Medical and sanitary report of the native army of Madras for the year
Year: 1877
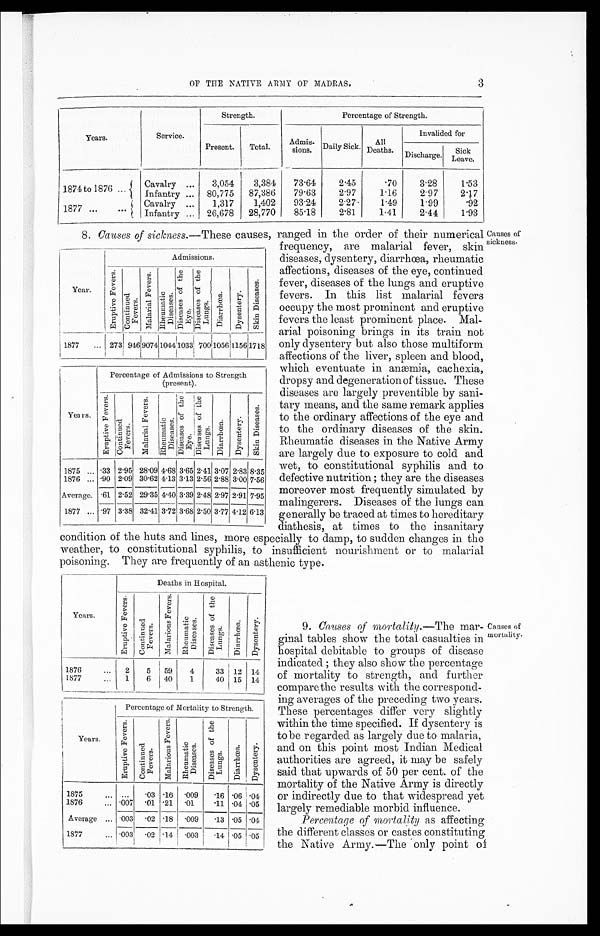
OF THE NATIVE ARMY OF MADRAS.
3
Years.
Service.
Strength.
Percentage of Strength.
Present.
Total.
A d m i s s i o n s .
Daily Sick.
All
Deaths.
Invalided for
Discharge. Sick
Leave.
1874 to 1876 ...
Cavalry...
3,054
3,384
73.64
2.45
.70
3.28
1.53
I n f a n t r y . . .
Infantry ... 80,775
87,386
79.63
2.97
1.16
2.97
2.17
1877 ...
Cavalry ...
1,317
1,402
93.21
2.27
1.49
1.99
.92
Infantry ... 26,678
28,770
85.18
2.81
1.41
2.44
1.93
8. Causes of sickness.—These causes,
ranged in the order of their numerical
Year.
Admissions.
E r u p t i v e F e v e r s .
C o n t i n u e d F e v e r s .
M a l a r i a l F e v e r s .
R h e u m a t i c D i s e a s e .
D i s e a s e s o f t h e E y e .
D i s e a s e s o f t h e L u n g s .
D i a r r h œ a .
D y s e n t e r y .
S k i n D i s e a s e s .
1877
...
2 7 3 9 4 6
9 0 7 4
1 0 4 4
1 0 3 3
7 0 0
1 0 5 6
1 1 5 6
1 7 1 8
Years.
Percentage of Admissions to Strength
(present).
E r u p t i v e F e v e r s .
Co n t i n u e d F e v e r s .
M a l a r i a l F e v e r s .
R h e u m a t i c D i s e a s e s .
D i s e a s e s o f t h e E y e .
D i s e a s e s o f t h e L u n g s .
D i a r r h œ a .
D y s e n t e r y .
S k i n D i s e a s e s .
1875 ... .33 2.951 28.09 4.68 3.65 2.41 3.07 2.83 8.35
1876 ...
. 9 0
2.09 30.62 4.13 3.13 2.56 2.88 3.00 7.56
Average.
. 6 1
2.52 29.35 4.40 3.39 2.48 2.97 2.91 7.97
1877 ...
. 9 7
3.38 32.41
3 . 7 2
3 . 6 8
2.50 3.77 4.12 6.13
Causes of
sickness-
f requency, are malarial fever, skin
diseases, dysentery, diarrhœa, rheumatic
affections, diseases of the eye, continued
fever, diseases of the lungs and eruptive
fevers. In this list malarial fevers
occupy the most prominent and eruptive
fevers the least prominent place. Mal-
arial poisoning brings in its train not
only dysentery but also those multiform
affections of the liver, spleen and blood,
which eventuate in anæmia, cachexia,
dropsy and degeneration of tissue. These
diseases are largely preventible by sani-
tary means, and the same remark applies
to the ordinary affections of the eye and
to the ordinary diseases of the skin.
Rheumatic diseases in the Native Army
are largely due to exposure to cold and
wet, to constitutional syphilis and to
defective nutrition ; they are the diseases
moreover most frequently simulated by
malingerers. Diseases of the lungs can
generally be traced at times to hereditary
diathesis, at times to the insanitary
condition of the huts and lines, more especially to damp, to sudden changes in the
weather, to constitutional syphilis, to insufficient nourishment or to malarial
poisoning. They are frequently of an asthenic type.
Years.
Deaths in Hospital.
E r u p t i v e F e v e r s .
C o n t i n u e d F e v e r s .
M a l a r i o u s F e v e r s .
R h e u m a t i c D i s e a s e s .
D i s e a s e s o f t h e L u n g s .
D i a r r h œ a .
Dys e nt e r y.
1876
2
5 59
4
33 12 14
1877
1
6 40
1
40 15 14
Years.
Percentage of Mortality to Strength.
E r u p t i v e F e v e r s .
C o n t i n u e d F e v e r s .
M a l a r i o u s F e v e r s .
R h e u m a t i c D i s e a s e s .
D i s e a s e s o f t h e L u n g s .
D i a r r h œ a .
D y s e n t e r y .
1875
... ...
.03 .16 .009
.16 .06 .04
1876
...
. 0 0 7
.01 .21 .01
.11 .04 .05
Average ...
. 0 0 3
.02 .18 .009
.13 .05 .04
1877
... 003 .02 .14 .003
.14 .05 .05
9. Causes of mortality .—The mar-
ginal tables show the total casualties in
hospital debitable to groups of disease
indicated ; they also show the percentage
of mortality to strength, and further
compare the results with the correspond-
ing averages of the preceding two years.
These percentages differ very slightly
within the time specified. If dysentery is
to be regarded as largely due to malaria,
and on this point most Indian Medical
authorities are agreed, it may be safely
said that upwards of 50 per cent. of the
mortality of the Native Army is directly
or indirectly due to that widespread yet
largely remediable morbid influence.
Percentage of mortality
as affecting
the different classes or castes constituting
the Native Army.—The only point of
Causes of
mortality.